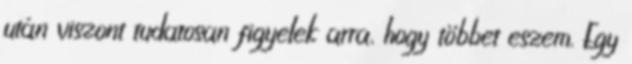
után viszont tudatosan figyelek arra, hogy többet eszem. Egy